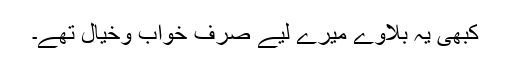
کبھی یہ بلاوے میرے لیے صرف خواب وخیال تھے۔